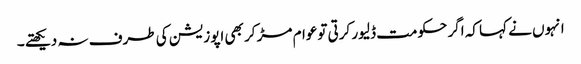
انہوں نے کہا کہ اگر حکومت ڈلیور کرتی توعوام مڑ کر بھی اپوزیشن کی طرف نہ دیکھتے ۔